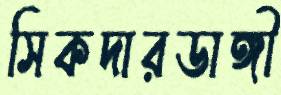
সিকদারডাঙ্গী